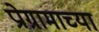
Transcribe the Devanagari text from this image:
प्रोग्रामाच्या